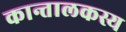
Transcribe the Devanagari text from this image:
कान्तालकस्य